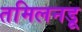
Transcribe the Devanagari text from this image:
तमिलनडू